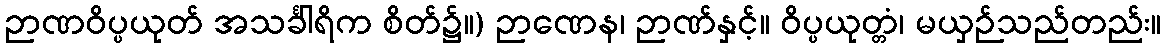
ဉာဏဝိပ္ပယုတ် အသင်္ခါရိက စိတ်၌။) ဉာဏေန၊ ဉာဏ်နှင့်။ ဝိပ္ပယုတ္တံ၊ မယှဉ်သည်တည်း။